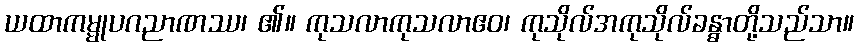
ယထာကမ္မုပဂညာဏဿ၊ ၏။ ကုသလာကုသလာဧဝ၊ ကုသိုလ်အကုသိုလ်ခန္ဓာတို့သည်သာ။